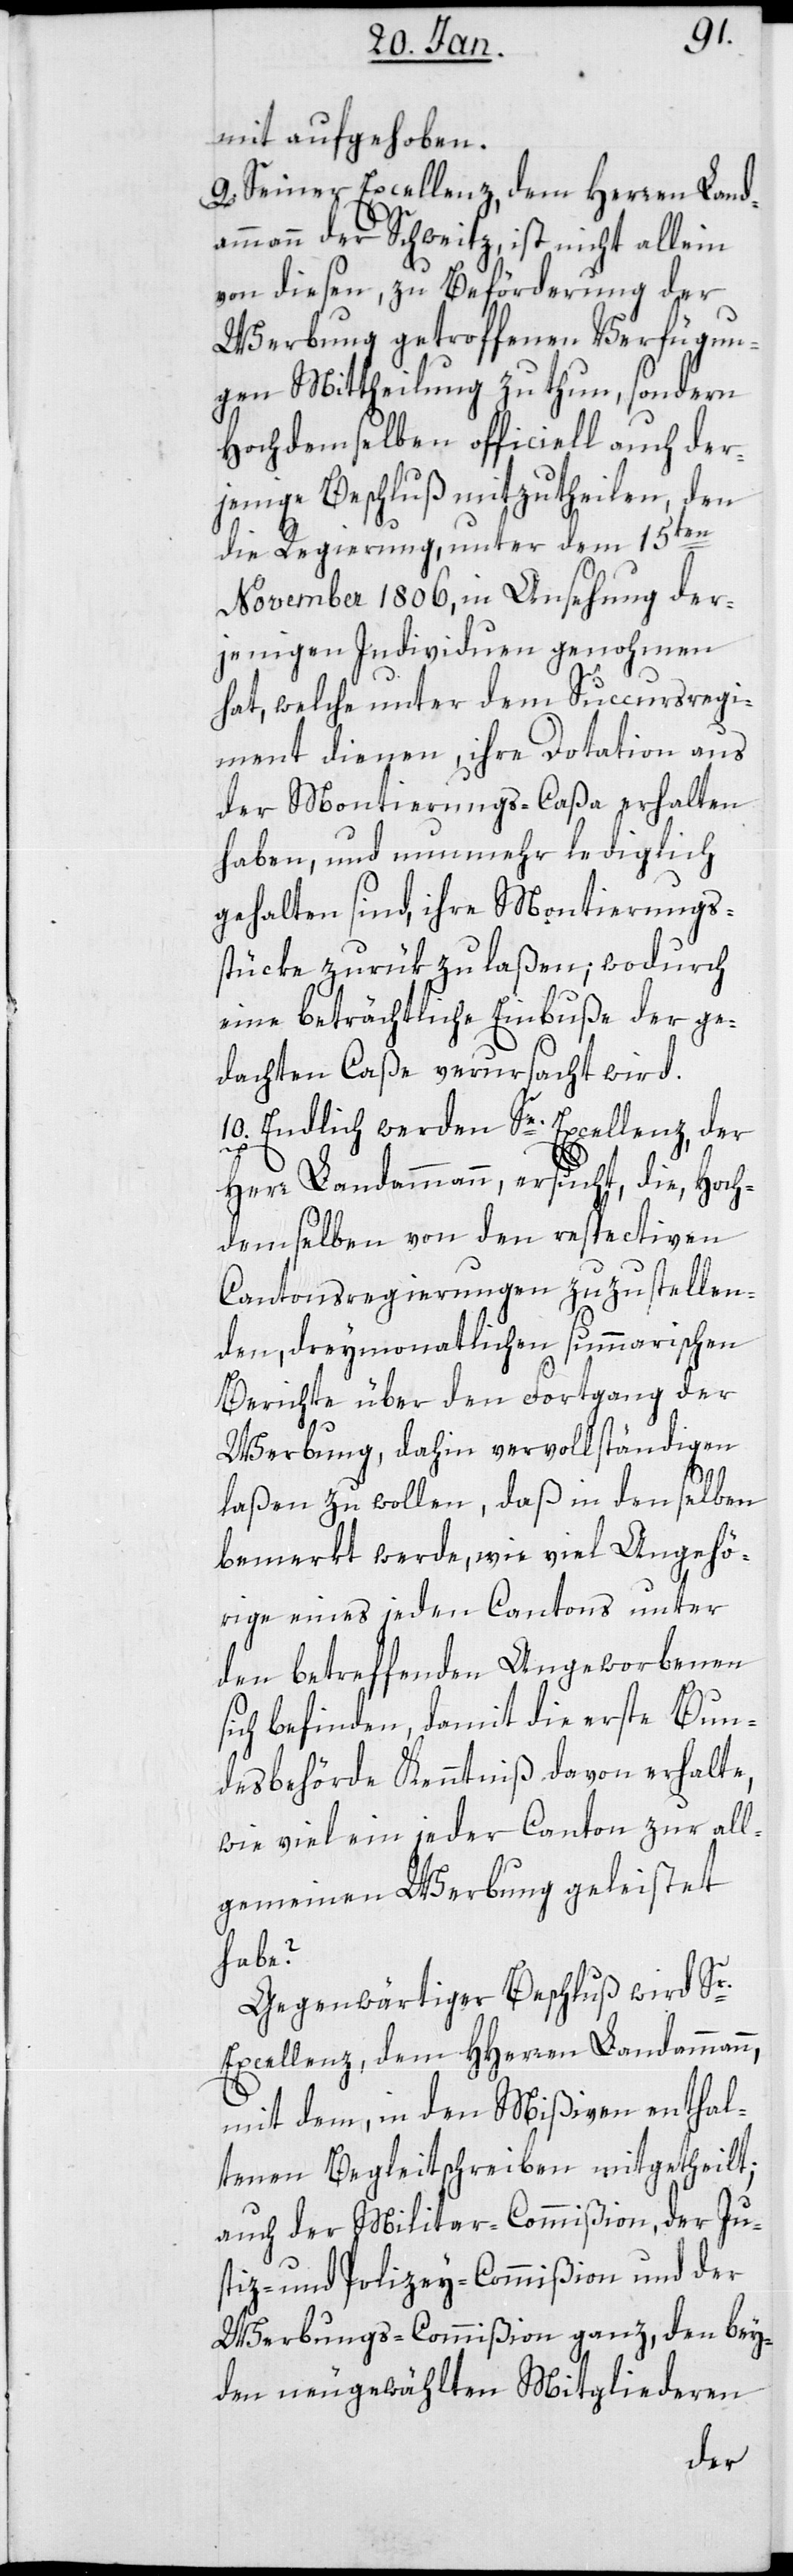
mit aufgehoben.
9. Seiner Excellenz dem Herren Land¬
ammann der Schweitz ist nicht allein
von diesen, zu Beförderung der
Werbung getroffenen Verfügun¬
gen Mittheilung zu thun, sondern
Hochdemselben officiell auch der¬
jenige Beschluß mitzuteilen, den
die Regierung unter dem 15ten
November 1806, in Ansehung der¬
jenigen Individuen genohmen
hat, welche unter dem Succursregi¬
ment dienen, ihre Dotaton aus
der Montierungs-Caßa erhalten
haben, und nunmehr lediglich
gehalten sind, ihre Montierungs¬
stücke zurükzulaßen; wodurch
eine beträchtliche Einbuße der ge¬
dachten Caße verursacht wird.
10. Endlich werden Se. Excellenz der
Herr Landammann ersucht, die Hoch¬
demselben von den respectiven
Cantonsregierungen zuzustellen¬
den, dreymonatlichen summarischen
Berichte über den Fortgang der
Werbung, dahin vervollständigen
laßen zu wollen, daß in denselben
bemerkt werde, wie viel Angehö¬
rige eines jeden Cantons unter
den betreffenden Angeworbenen
sich befinden, damit die erste Bun¬
desbehörde Kenntniß davon erhalte,
wie viel ein jeder Canton zur all¬
gemeinen Werbung geleistet
habe?
Gegenwärtiger Beschluß wird Sr.
Excellenz, dem HHerren Landammann,
mit dem, in den Mißiven enthal¬
tenen Begleitschreiben mitgetheilt;
auch der Militar-Commißion, der Ju¬
stiz- und Polizey-Commißion und der
Werbungs-Commißion ganz, den bey¬
den neu gewählten Mitgliederen